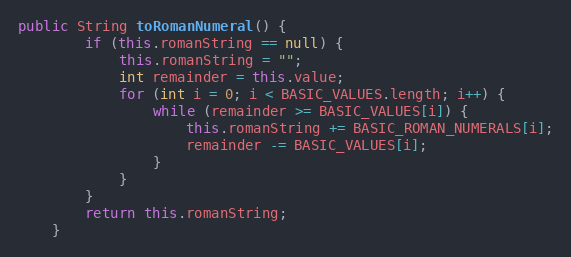
Language: Java
public String toRomanNumeral() {
		if (this.romanString == null) {
			this.romanString = "";
			int remainder = this.value;
			for (int i = 0; i < BASIC_VALUES.length; i++) {
				while (remainder >= BASIC_VALUES[i]) {
					this.romanString += BASIC_ROMAN_NUMERALS[i];
					remainder -= BASIC_VALUES[i];
				}
			}
		}
		return this.romanString;
	}